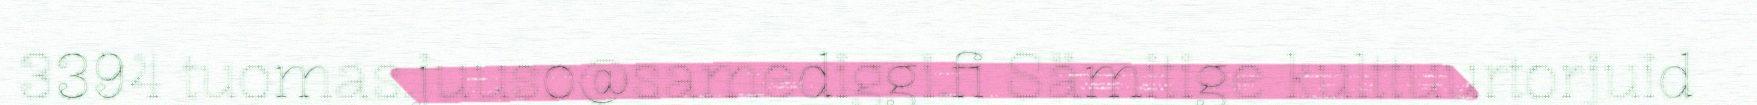
3394 tuomas.juuso@samediggi.fi Sämitige kulttuurtorjuid